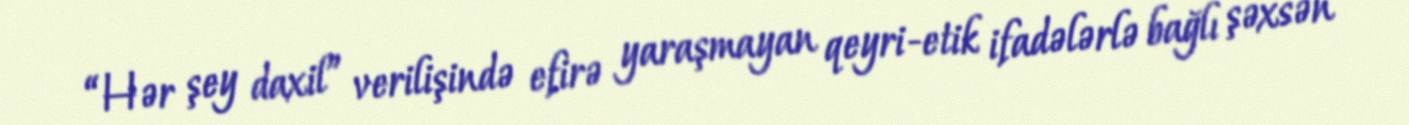
“Hər şey daxil” verilişində efirə yaraşmayan qeyri-etik ifadələrlə bağlı şəxsən